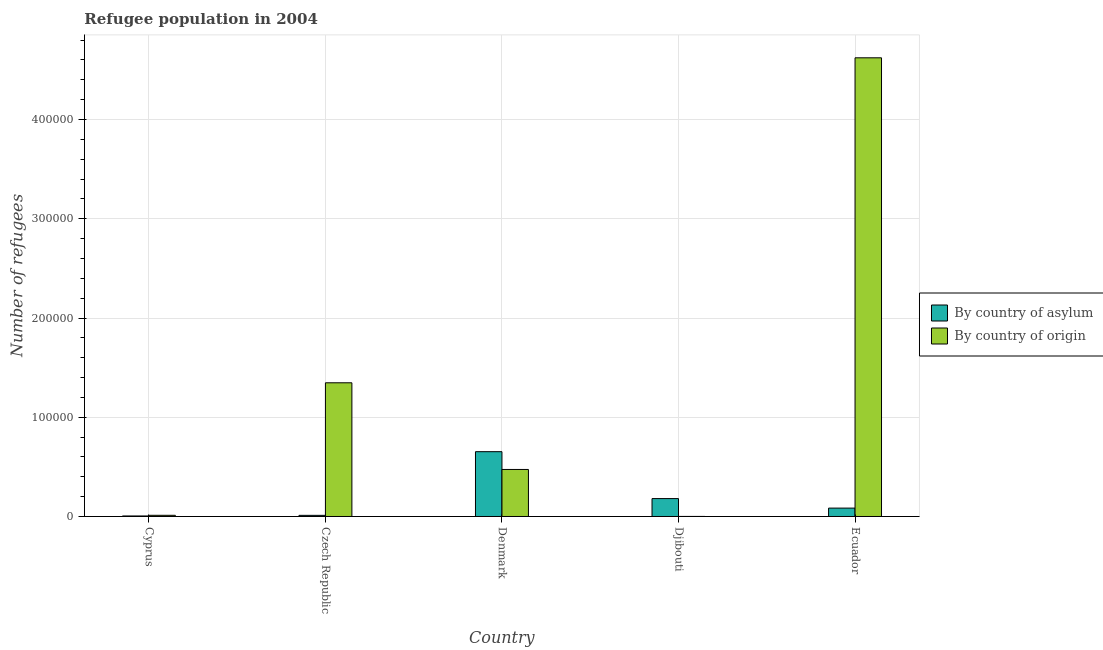
| Country | By country of asylum | By country of origin |
 | --- | --- | --- |
 | Cyprus | 531 | 1.19e+03 |
 | Czech Republic | 1.14e+03 | 1.35e+05 |
 | Denmark | 6.53e+04 | 4.74e+04 |
 | Djibouti | 1.8e+04 | 50 |
 | Ecuador | 8.45e+03 | 4.62e+05 |